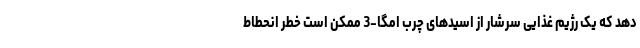
دهد که یک رژیم غذایی سرشار از اسیدهای چرب امگا-3 ممکن است خطر انحطاط